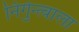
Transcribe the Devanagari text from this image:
निर्गुन्त्वाला